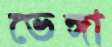
ভেঙ্গা